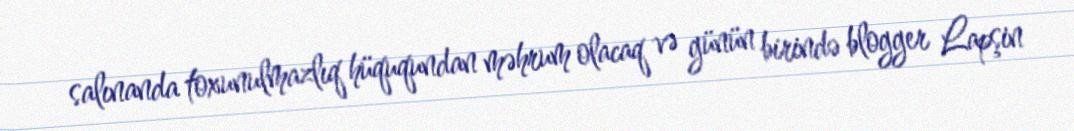
salınanda toxunulmazlıq hüququndan məhrum olacaq və günün birində blogger Lapşin